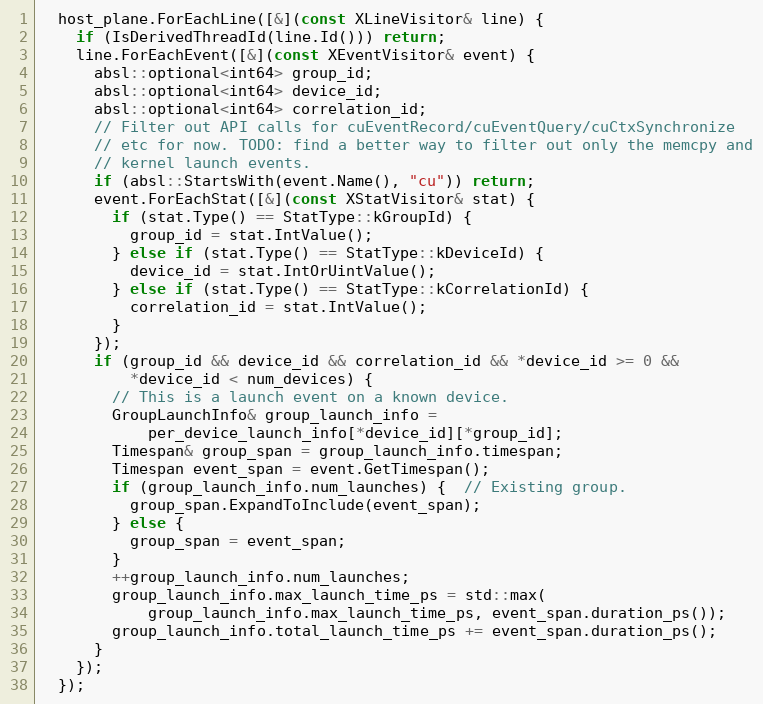
Language: C++
  host_plane.ForEachLine([&](const XLineVisitor& line) {
    if (IsDerivedThreadId(line.Id())) return;
    line.ForEachEvent([&](const XEventVisitor& event) {
      absl::optional<int64> group_id;
      absl::optional<int64> device_id;
      absl::optional<int64> correlation_id;
      // Filter out API calls for cuEventRecord/cuEventQuery/cuCtxSynchronize
      // etc for now. TODO: find a better way to filter out only the memcpy and
      // kernel launch events.
      if (absl::StartsWith(event.Name(), "cu")) return;
      event.ForEachStat([&](const XStatVisitor& stat) {
        if (stat.Type() == StatType::kGroupId) {
          group_id = stat.IntValue();
        } else if (stat.Type() == StatType::kDeviceId) {
          device_id = stat.IntOrUintValue();
        } else if (stat.Type() == StatType::kCorrelationId) {
          correlation_id = stat.IntValue();
        }
      });
      if (group_id && device_id && correlation_id && *device_id >= 0 &&
          *device_id < num_devices) {
        // This is a launch event on a known device.
        GroupLaunchInfo& group_launch_info =
            per_device_launch_info[*device_id][*group_id];
        Timespan& group_span = group_launch_info.timespan;
        Timespan event_span = event.GetTimespan();
        if (group_launch_info.num_launches) {  // Existing group.
          group_span.ExpandToInclude(event_span);
        } else {
          group_span = event_span;
        }
        ++group_launch_info.num_launches;
        group_launch_info.max_launch_time_ps = std::max(
            group_launch_info.max_launch_time_ps, event_span.duration_ps());
        group_launch_info.total_launch_time_ps += event_span.duration_ps();
      }
    });
  });